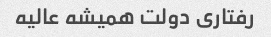
رفتاری دولت همیشه عالیه